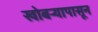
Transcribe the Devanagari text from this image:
खोबर्‍यापासून